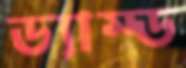
ড্যাম্ড